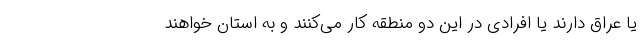
یا عراق دارند یا افرادی در این دو منطقه کار می‌کنند و به استان خواهند